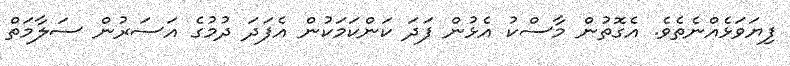
ފިޔަވަޅެއްނެތެވެ. އެގޮތުން މާސްކު އެޅުން ފަދަ ކަންކަމަކުން އެފަދަ ދުމުގެ އަސަރުން ސަލާމަތް